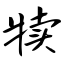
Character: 犊